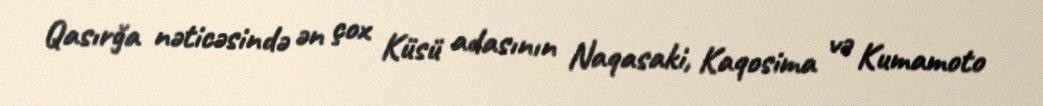
Qasırğa nəticəsində ən çox Küsü adasının Naqasaki, Kaqosima və Kumamoto